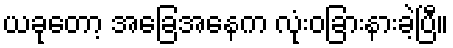
ယခုတော့ အခြေအနေက လုံးဝခြားနားခဲ့ပြီ။